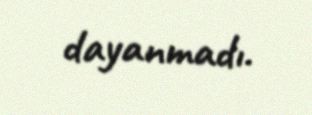
dayanmadı.